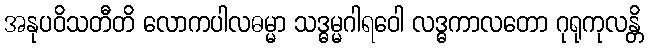
အနုပဝိသတီတိ လောကပါလဓမ္မာ သဒ္ဓမ္မဂါရဝေါ လဒ္ဓကာလတော ဂုရုကုလန္တိ